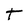
Character: T